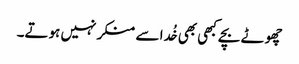
چھوٹے بچے کبھی بھی خُدا سے منکر نہیں ہوتے۔